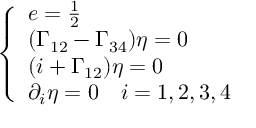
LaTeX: \left\{ \begin{array} { l l l l } { { e = \frac { 1 } { 2 } } } \\ { { ( \Gamma _ { 1 2 } - \Gamma _ { 3 4 } ) \eta = 0 } } \\ { { ( i + \Gamma _ { 1 2 } ) \eta = 0 } } \\ { { \partial _ { i } \eta = 0 \quad i = 1 , 2 , 3 , 4 } } \end{array} \right.